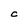
Character: C